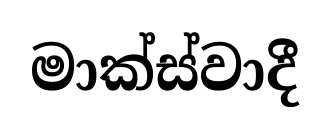
මාක්ස්වාදී